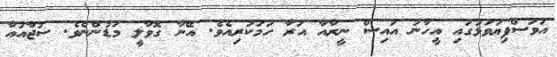
އަވަސްފިޔަވަޅުގައި އީހާނު އައިސް ނީރާއާ އަރާ ހަމަކުރިއެވެ. އޭނާ ގޮވާލީ މަޑުންނެވެ. ސުޖާއުއާ